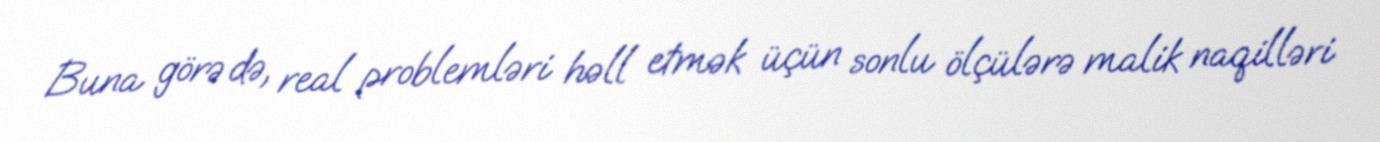
Buna görə də, real problemləri həll etmək üçün sonlu ölçülərə malik naqilləri